Medical and sanitary report of the native army of Bengal for the year
Year: 1877
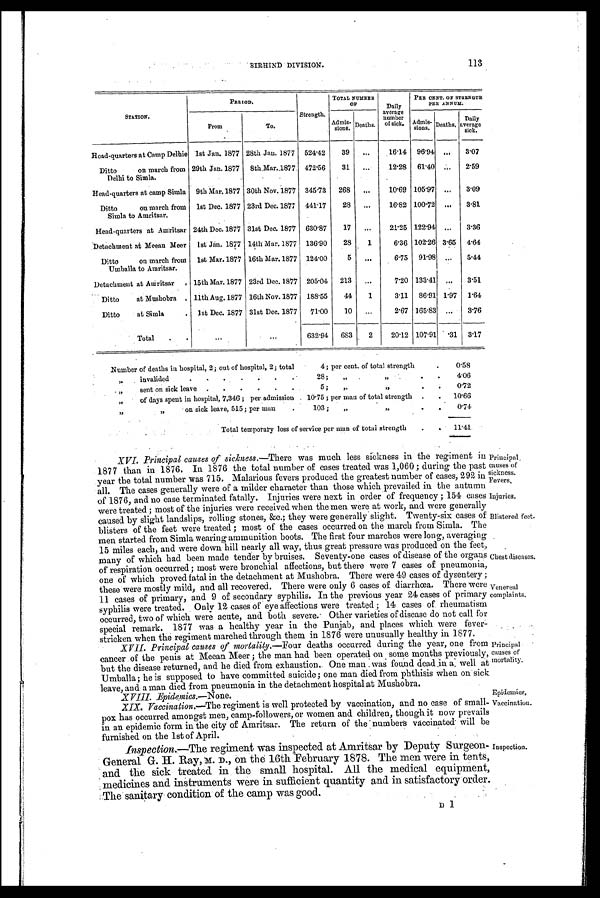
113
SIRHIND DIVISION.
STATION.
PERIOD.
Strength.
TOTAL NUMBER
OF
Daily
average
number
of sick.
PER CENT. OF STRENGTH
PER ANNUM.
From
To.
Admis-
sion.
Deaths.
Admis-
sions. Deaths,
Daily
average
sick.
Head-quarters at Camp Delhie 1st Jan. 1877 28th Jan. 1877 524.42
39
. . .
16.14 96.94
. . .
3.07
Ditto
on march from
Delhi to Simla.
29th Jan. 1877 8th,Mar. 1877 472.56
31
. . . 12.28 61.40
. . .
2.59
Head-quarters at camp Simla 9th Mar. 1877 30th Nov. 1877 345.73
268
. . .
10.69 105.97
. . .
3.09
Ditto
on march from
Simla to Amritsar.
1st Dec. 1877 23rd Dec. 1877 441.17
28
...
16.82 100.72 ...
3.81
Head-quarters at Amritsar 24th Dec. 1877 31st Dec. 1877 630.87
17
...
21.25 122.94
. . .
3.36
Detachment at Meean Meer
1st Jan. 1877 14th Mar. 1877 136.90
28
1
6.36 102.26 3.65 4.64
Ditto
on march from
Umballa to Amritsar.
1st Mar. 1877 16th Mar. 1877 124.00
5
. . .
6.75
91.98
. . .
5.44
Detachment at Amritsar
. 15th Mar. 1877 23rd Dec. 1877 205.04
213
”
7.20 133.41
”
3 . 5 1
Ditto
at Mushobra . llth Aug. 1877 16th Nov. 1877 188.55
44
1
3.11
86.91 1.97
1 . 6 4
Ditto
at Simla
. 1st Dec. 1877 31st Dec. 1877
71.00
10
. . .
2.67 165.83
. . .
3.76
Total
.
.
. . .
...
632.94
683
2
20.12 107.91 .31
3.17
Number of deaths in hospital, 2; out of hospital, 2; total
4; per cent. of total strength
.
0.58
„
invalided
.
.
.
.
.
.
.
28;
,,
,,
.
.
4.06
„
sent on sick leave .
.
.
.
.
.
5 ;
”
,,
.
.
0.72
„
of days spent in hospital, 7,346; per.
10.75; per man of total strength .
.
10.66
” ”
on sick leave, 515; per man
.
103;
”
”
.
.
0.74
Total temporary loss of service per man of total strength
.
. 11.41
XVI. Principal causes of sickness.-There was much less sickness in the regiment in
1877 than in 1876. In 1876 the total number of cases treated was 1,060; during the past
year the total number was 715. Malarious fevers produced the greatest number of cases, 292 in
all. The cases generally were of a milder character than those which prevailed in the autumn
of 1876, and no case terminated fatally. Injuries were next in order of frequency; 154 cases
were treated; most of the injuries were received when the men were at work, and were generally
caused by slight landslips, rolling stones, &c.; they were generally slight. Twenty-six cases of
blisters of the feet were treated; most of the cases occurred on the march from Simla. The
men started from Simla wearing ammunition boots. The first four marches were long, averaging
15 miles each, and were down hill nearly all way, thus great pressure was produced on the feet,
many of which had been made tender by bruises. Seventy-one cases of disease of the organs
of respiration occurred; most were bronchial affections, but there were 7 cases of pneumonia,
one of which proved fatal in the detachment at Mushobra. There were 49 cases of dysentery;
these were mostly mild, and all recovered. There were only 6 cases of diarrhœa. There were
11 cases of primary, and 9 of secondary syphilis. In the previous year 24 cases of primary
syphilis were treated. Only 12 cases of eye affections were treated; 14 cases of. rheumatism
occurred, two of which were acute, and both severe. Other varieties of disease do not call for
special remark. 1877 was a healthy year in the Punjab, and places which were fever-
stricken when the regiment marched through them in 1876 were unusually healthy in 1877.
• XVII. Principal causes of mortality.- Four deaths occurred during the year, one from
cancer of the penis at Meean Meer; the man had been operated on some months previously,
but the disease returned, and he died from exhaustion. One man was found dead in a well at
Umballa; he is supposed to have committed suicide; one man died from phthisis when on sick
leave, and a man died from pneumonia in the detachment hospital at Mushobra.
XVIII. Epidemics.—None.
XIX. Vaccination,—The regiment is well protected by vaccination, and no case of small-
pox has occurred amongst men, camp-followers, or women and children, though it now prevails
in an epidemic form in the city of Amritsar. The return of the numbers vaccinated will be
furnished on the 1st of April.
Inspection.—The regiment was inspected at Amritsar by Deputy Surgeon-
General G. H. Ray,M.D . ,
o n t h e 1 6 t h F e b r u a r y 1 8 7 8 . T h e m e n w e r e i n t e n t s ,
and the sick treated in the small hospital. All the medical equipment,
medicines and instruments were in sufficient quantity and in satisfactory order.
The sanitary condition of the camp was good.
Principal,
causes of
sickness.
Fevers,
Injuries.
Blistered feet.
Chest diseases.
Venereal
complaints.
Principal
causes of
mortality.
Epidemics,
Vaccination.
Inspection.
D l